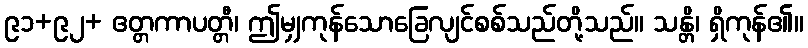
၉၁+၉၂+ ဧတ္တကာပတ္တီ၊ ဤမျှကုန်သောခြေလျင်စစ်သည်တို့သည်။ သန္တိ၊ ရှိကုန်၏။